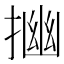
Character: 𢰠